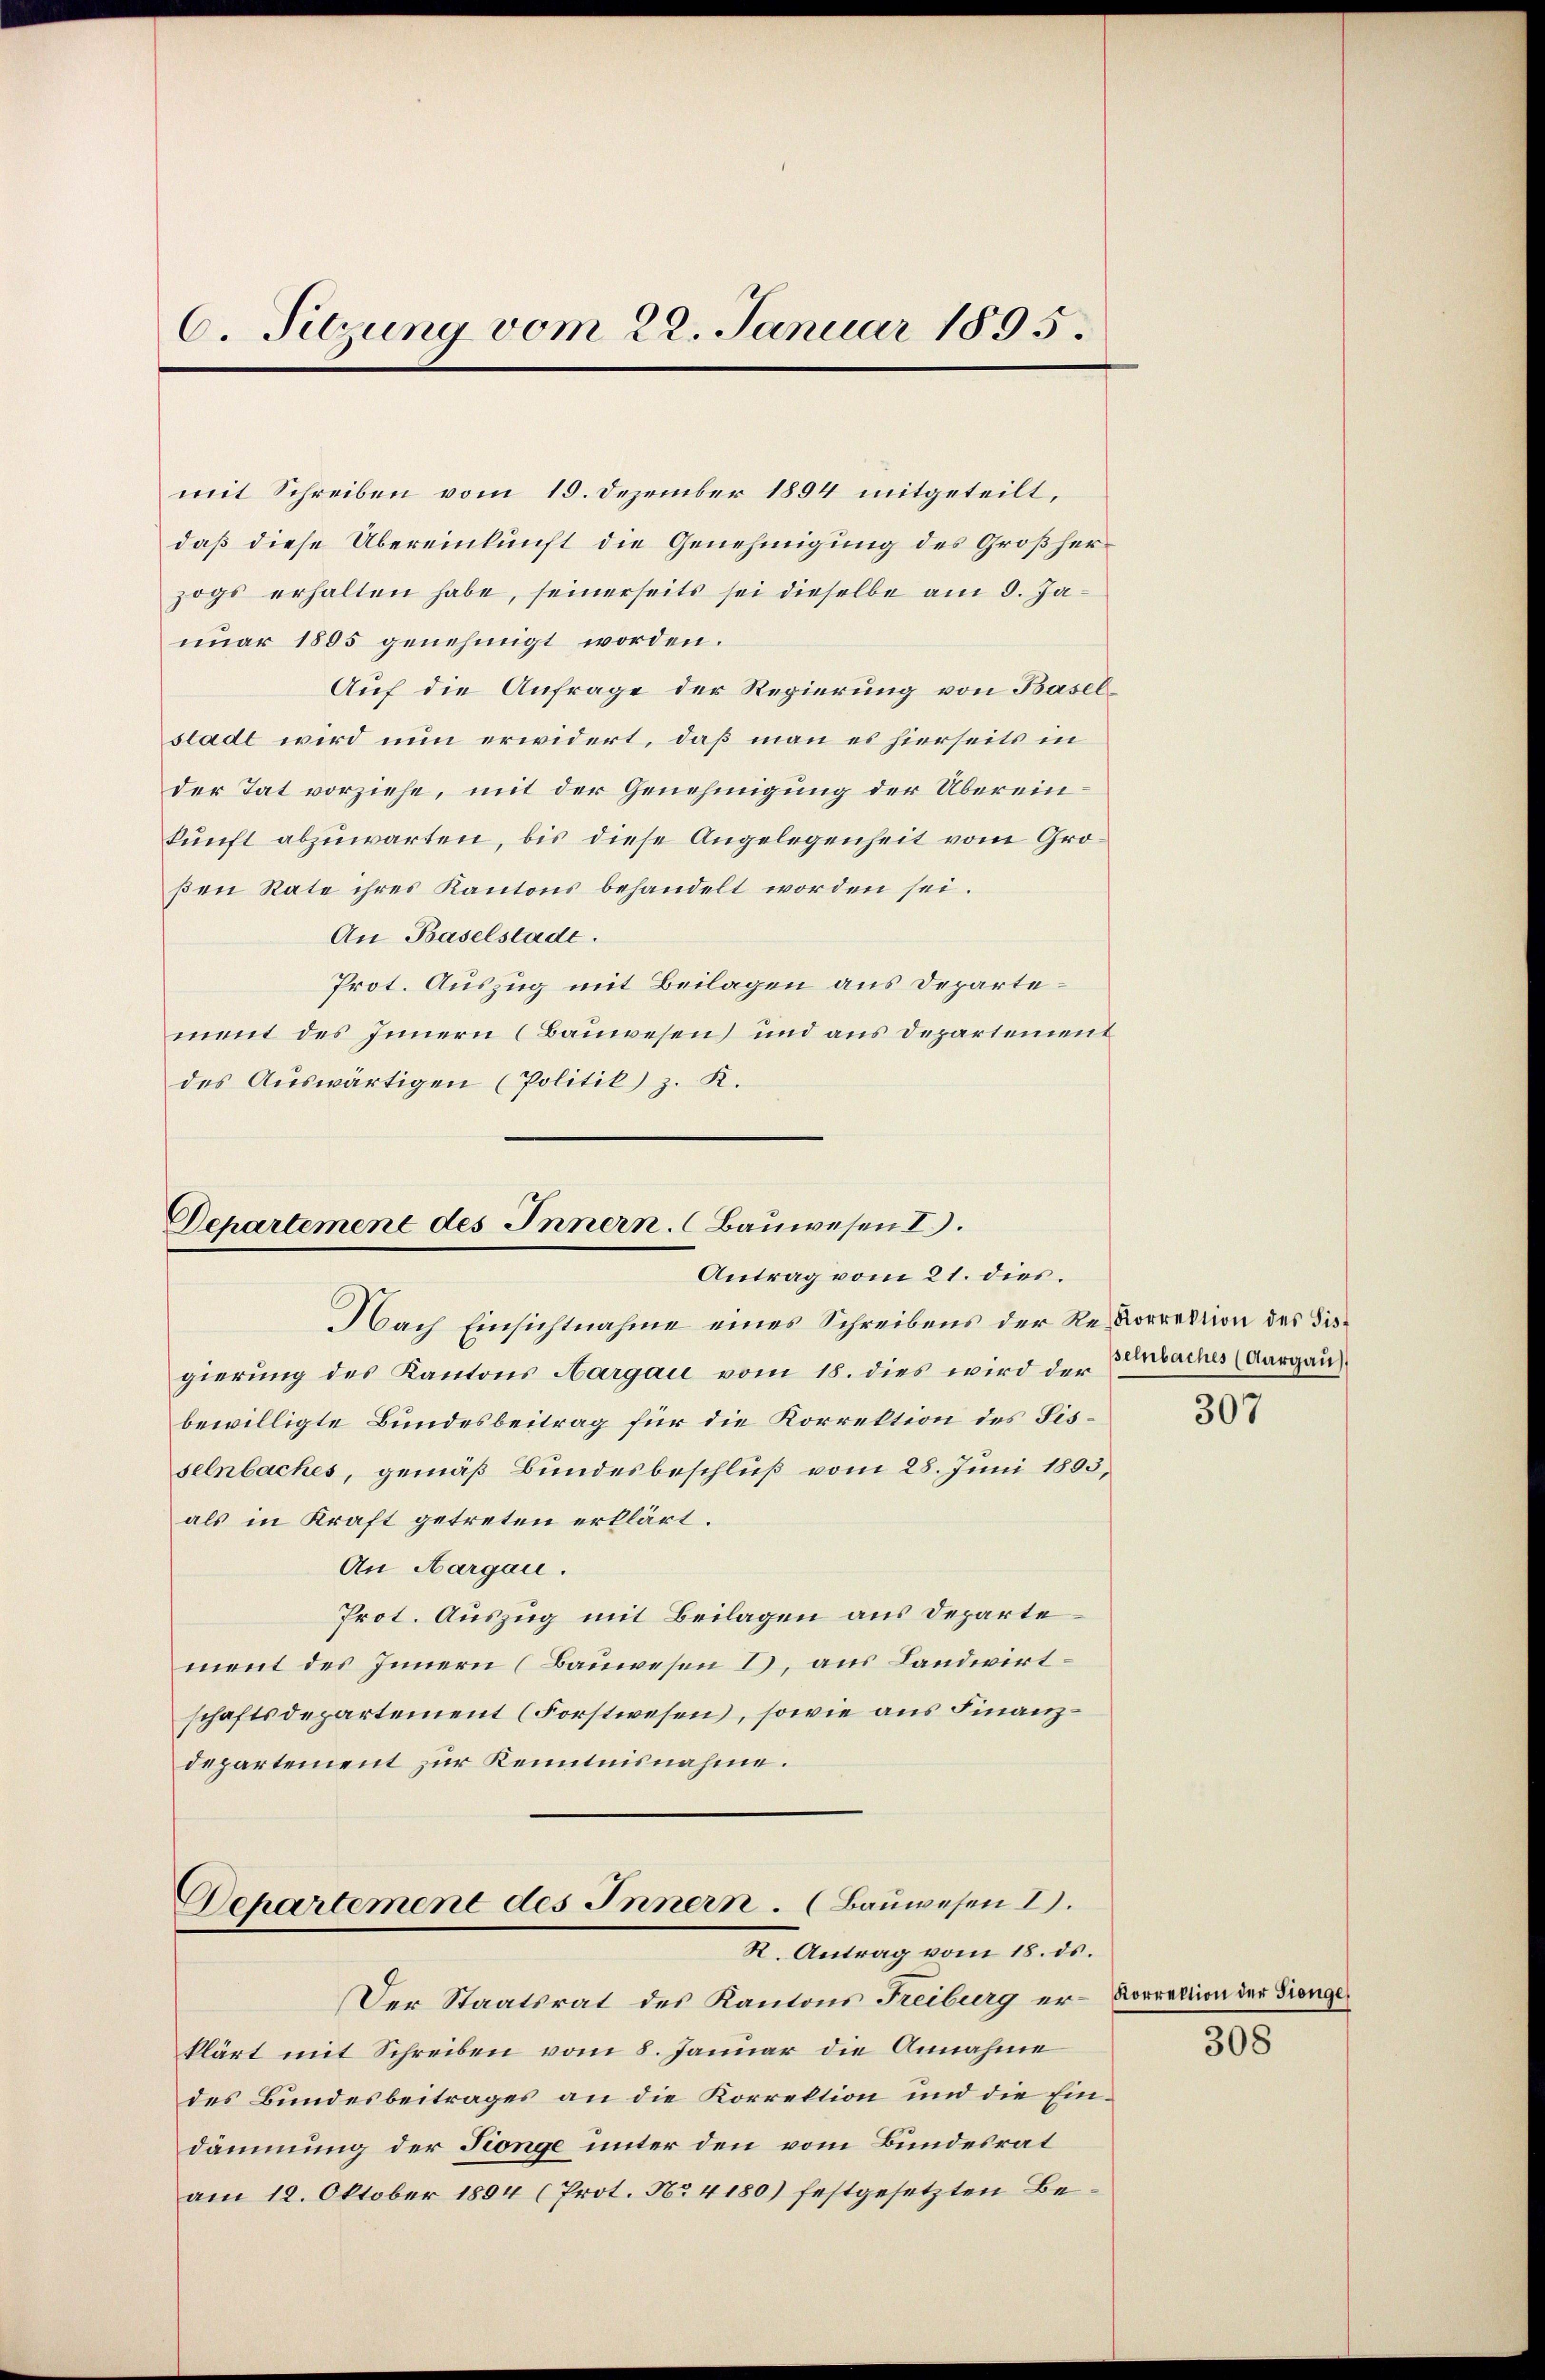
C. Sitzung vom 22. Januar 1895.

mit Schreiben vom 19. Dezember 1894 mitgeteilt,
daß diese Übereinkunft die Genehmigung des Großherzogs erhalten habe, seinerseits sei dieselbe am 9. Januar 1805 genehmigt worden.
Auf die Anfrage der Regierung von Baselstadt wird nun erwidert, daß man es hierseits in
der Tat vorziehe, mit der Genehmigung der Übereinkunft abzuwarten, bis diese Angelegenheit vom Großen Rate ihres Kantons behandelt worden sei.
An Baselstade.
Prot. Auszug mit Beilagen aus Departement des Innern (Bauwesen und aus Departement
des Auswärtigen (Politik) z. K.

Departement des Innern. (Bauwesen I.
Antrag vom 21. dies.

Nach Einsichtnahme eines Schreibens der Re- Korrektion des Disgierung des Kantons Aargau vom 18. dies wird der Anbaches (Aargaus
bewilligte Bundesbeitrag für die Korrektion des Fisselnbaches, gemäß Bundesbeschluß vom 28. Juni 1893,
als in Kraft getreten erklärt.
An Aargau.
Prot. Auszug mit Beilagen aus Departement des Innern (Bauwesen 2), aus Landwirtschaftsdepartement (Forstwesen, sowie aus Finanzdepartement zur Kenntnisnahme.

Dehartement des Innern. (Bauwesen I.
R. Antrag vom 18. ds.

klärt mit Schreiben vom 8. Januar die Annahme
des Bundesbeitrages an die Korrektion und die Eindämmung der Finge unter den vom Bundesrat
am 18. Oktober 1894 (Prot. No 4180) festgesetzten Be¬

Der Staatsrat des Kantons Freiburg er- Korrektion der Fronge

307

308